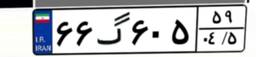
۶۶گ۶۰۵۵۹